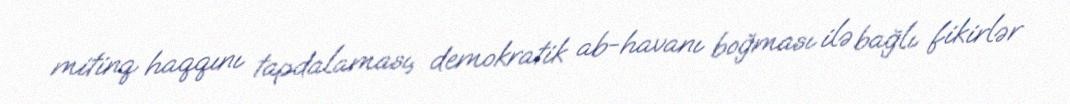
mitinq haqqını tapdalaması, demokratik ab-havanı boğması ilə bağlı fikirlər